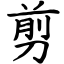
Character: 剪